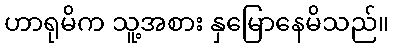
ဟာရုမိက သူ့အစား နှမြောနေမိသည်။